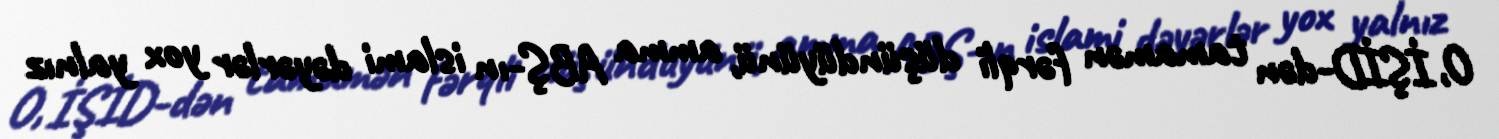
O, İŞİD-dən tamamən fərqli düşündüyünü, amma ABŞ-ın islami dəyərlər yox yalnız